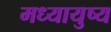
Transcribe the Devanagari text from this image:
मध्यायुष्य